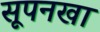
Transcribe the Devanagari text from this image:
सूपनखा